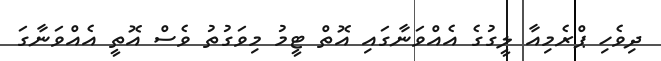
ދިވެހި ޕްރެމިއާ ލީގުގެ އެއްވަނާގައި އޮތް ޓީމު މިވަގުތު ވެސް އޮތީ އެއްވަނާގަ